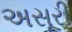
અસૂરી